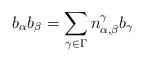
LaTeX: \begin{align*}b_\alpha b_\beta = \sum_{\gamma \in \Gamma} n_{\alpha, \beta}^\gamma b_\gamma\end{align*}